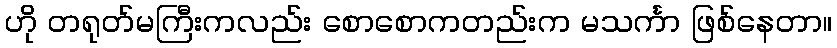
ဟို တရုတ်မကြီးကလည်း စောစောကတည်းက မသင်္ကာ ဖြစ်နေတာ။